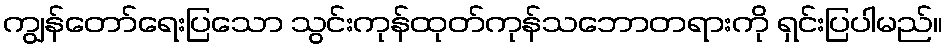
ကျွန်တော်ရေးပြသော သွင်းကုန်ထုတ်ကုန်သဘောတရားကို ရှင်းပြပါမည်။